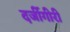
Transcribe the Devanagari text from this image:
दर्जीगीरी